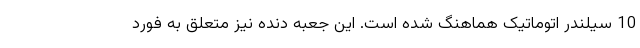
10 سیلندر اتوماتیک هماهنگ شده است. این جعبه دنده نیز متعلق به فورد